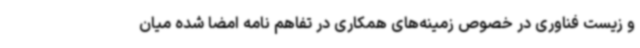
و زیست فناوری در خصوص زمینه‌های همکاری در تفاهم نامه امضا شده میان